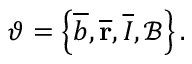
\vartheta = \left\{ \overline { { b } } , \overline { { \mathbf { r } } } , \overline { { I } } , \mathcal { B } \right\} .